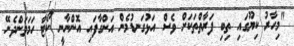
"މިހާރު ކިޔޫގައި ތިބި ފަރާތްތަކަށް ވެސް އަޅުގަނޑުމެން އަންގާފައި އޮންނާނީ ކޯޓާ ހަމަވަންދެނޭ